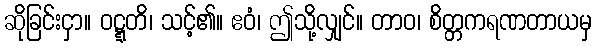
ဆိုခြင်းငှာ။ ဝဋ္ဋတိ၊ သင့်၏။ ဧဝံ၊ ဤသို့လျှင်။ တာဝ၊ စိတ္တကရဏတာယမှ